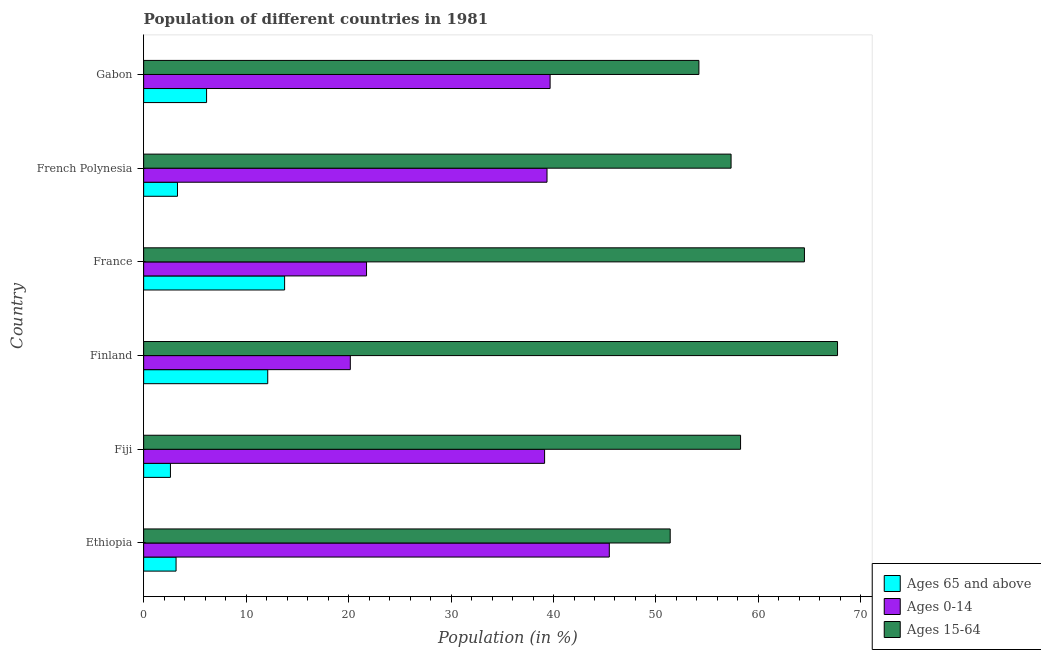
| Country | Ages 65 and above | Ages 0-14 | Ages 15-64 |
 | --- | --- | --- | --- |
 | Ethiopia | 3.16 | 45.4 | 51.4 |
 | Fiji | 2.61 | 39.1 | 58.3 |
 | Finland | 12.1 | 20.2 | 67.7 |
 | France | 13.8 | 21.8 | 64.5 |
 | French Polynesia | 3.3 | 39.4 | 57.3 |
 | Gabon | 6.14 | 39.7 | 54.2 |